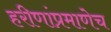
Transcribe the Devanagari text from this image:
हरीणांप्रमाणेच